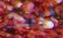
ليست